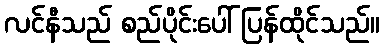
လင်နီသည် စည်ပိုင်းပေါ် ပြန်ထိုင်သည်။